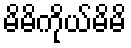
မိမိကိုယ်မိမိ